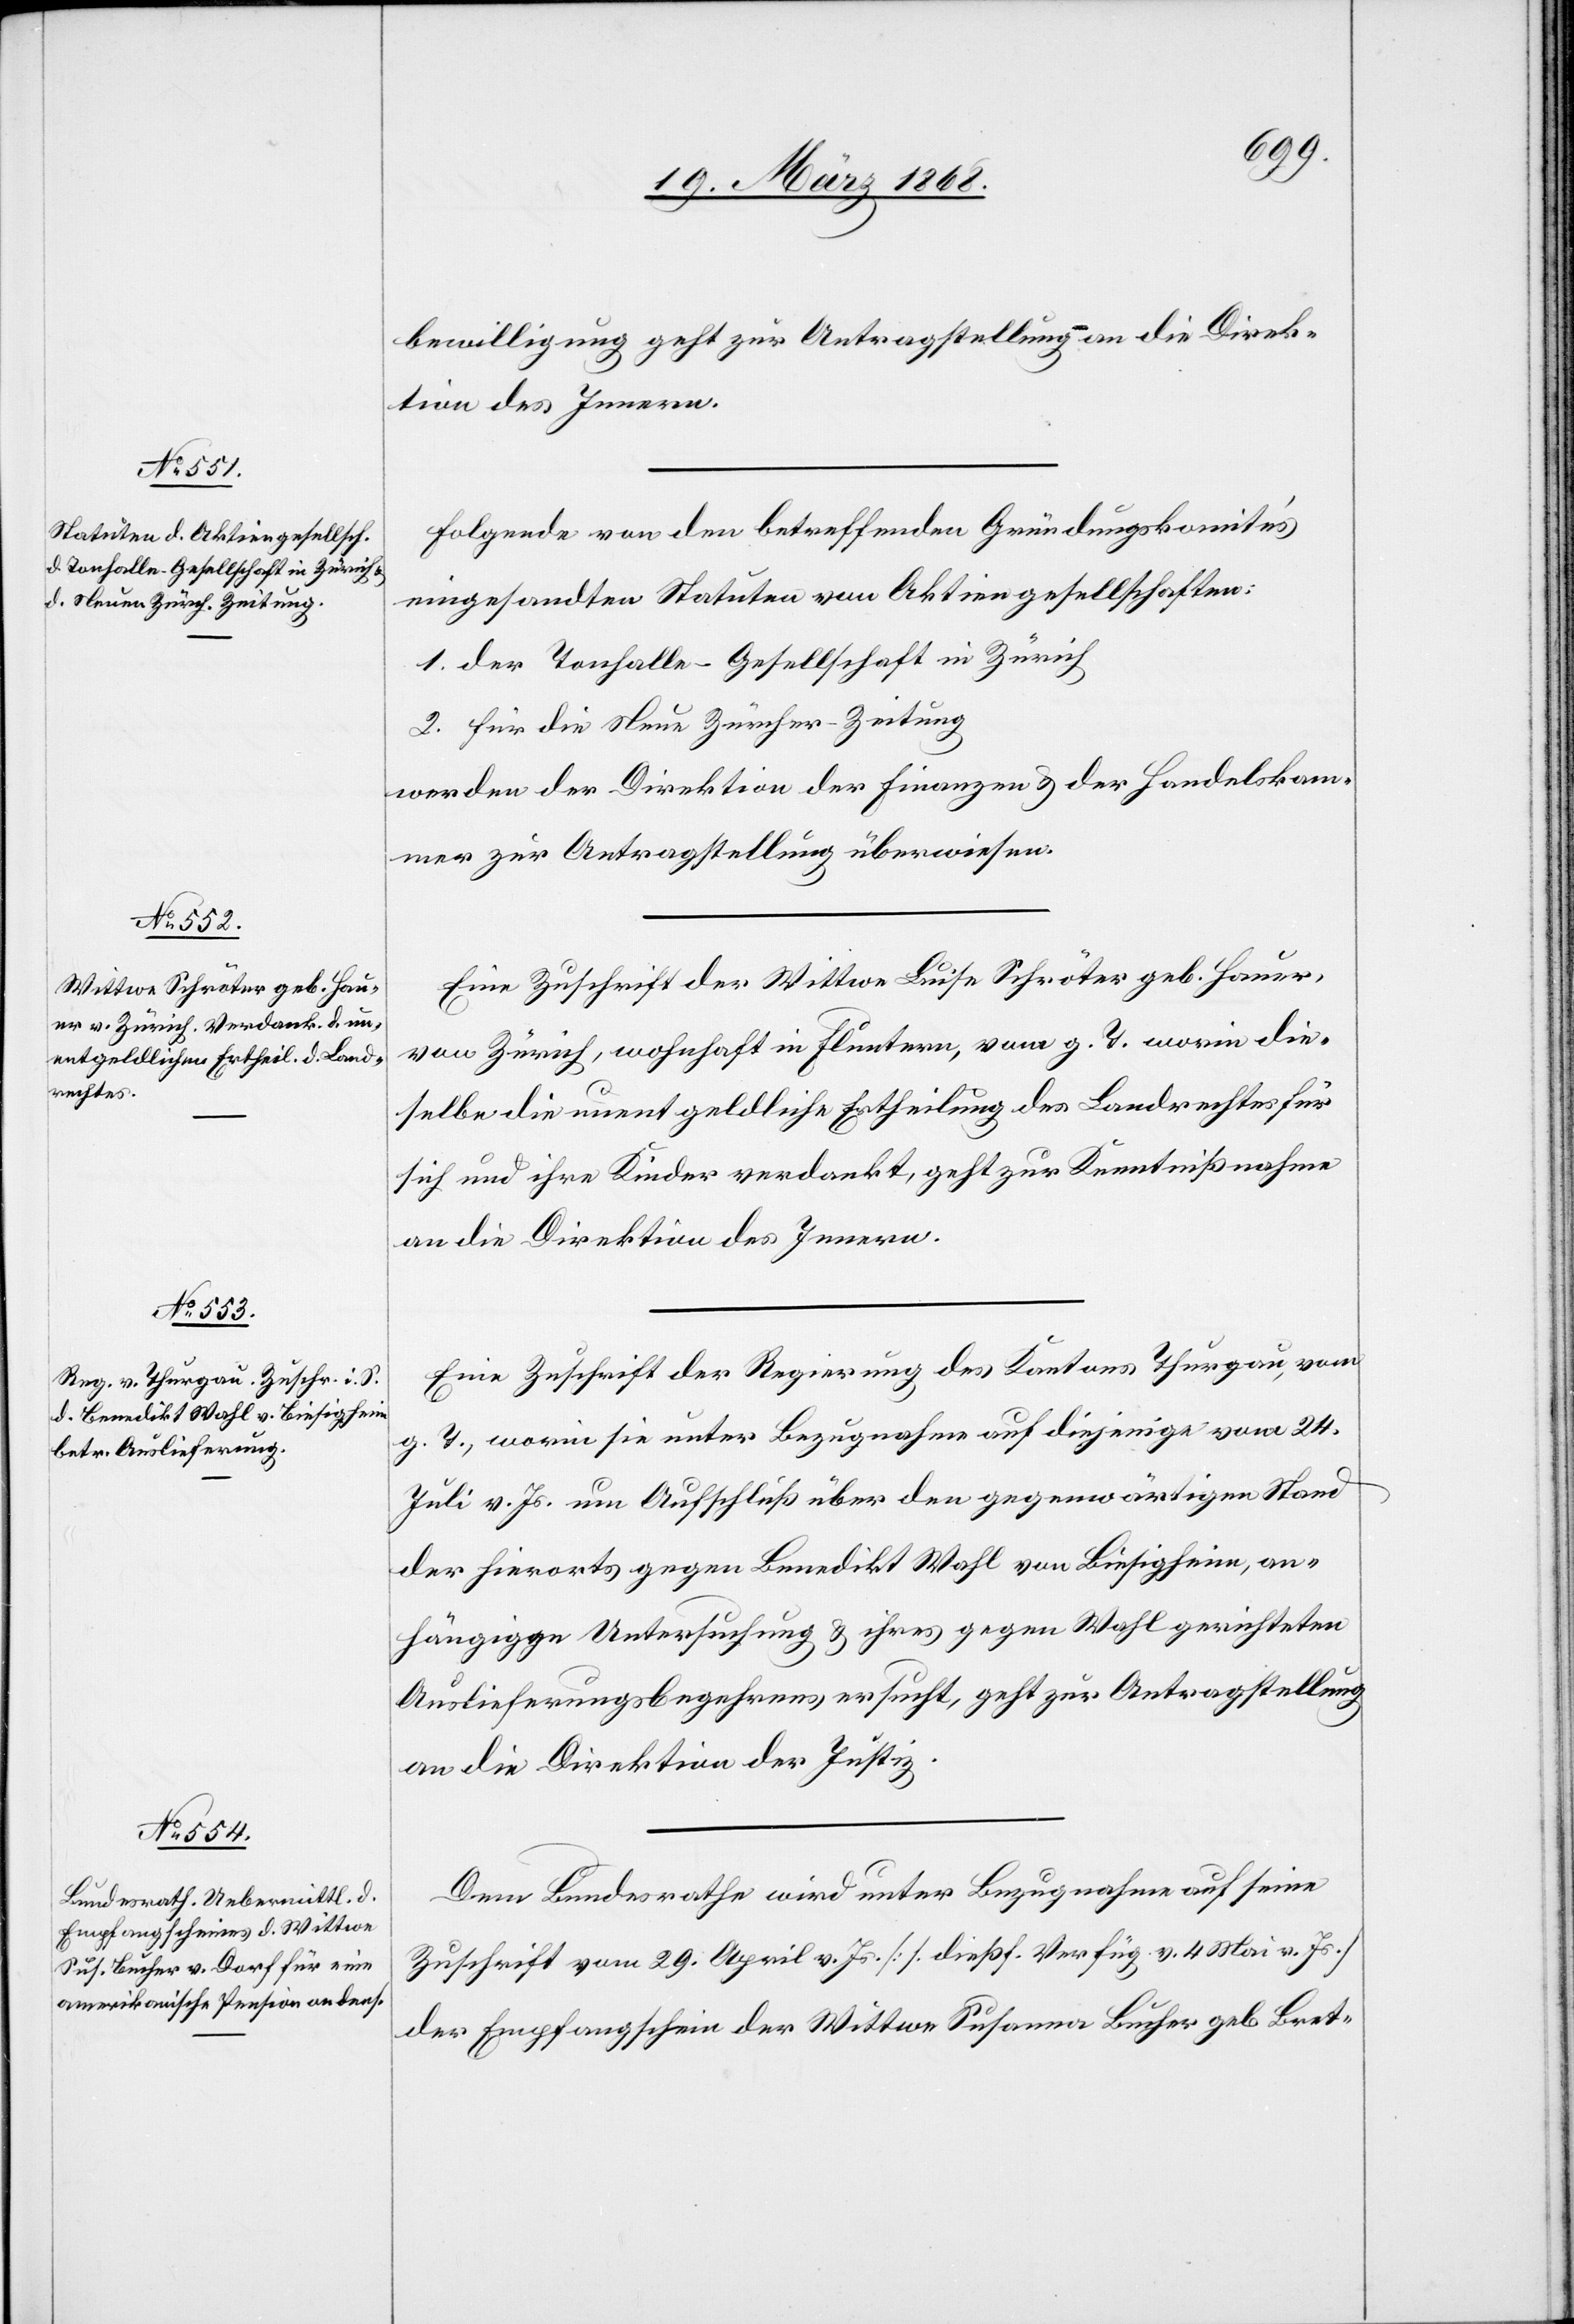
19. März 1868.]
bewilligung geht zur Antragstellung an die Direk¬
tion des Innern.
Folgende von den betreffenden Gründungskomités
eingesandten Statuten von Aktiengesellschaften:
1. der Tonhalle-Gesellschaft in Zürich
2. für die Neue Zürcher-Zeitung
werden der Direktion der Finanzen & der Handelskam¬
mer zur Antragstellung überwiesen.
Eine Zuschrift der Wittwe Luise Schröter geb. Hauer,
von Zürich, wohnhaft in Fluntern, vom g. T. worin die¬
selbe die unentgeldliche Ertheilung des Landrechtes für
sich und ihre Kinder verdankt, geht zur Kenntnißnahme
an die Direktion des Innern.
Eine Zuschrift der Regierung des Kantons Thurgau, vom
T., worin sie unter Bezugnahme auf diejenige vom 24.
g.
Juli v. Js. um Aufschluß über den gegenwärtigen Stand
der hierorts gegen Benedikt Wahl von Biesigheim, an¬
hängige Untersuchung & ihres gegen Wahl gerichteten
Auslieferungsbegehrens ersucht, geht zur Antragstellung
an die Direktion der Justiz.
Dem Bundesrathe wird unter Bezugnahme auf seine
Zuschrift vom 29. April v. Js. [s. dießf. Verfüg. v. 4 Mai v. Js.]
der Empfangschein der Wittwe Susanne Bucher geb Bret-